Leaving Certificate Examination (including Day School Certificate (Higher) General paper), 1939
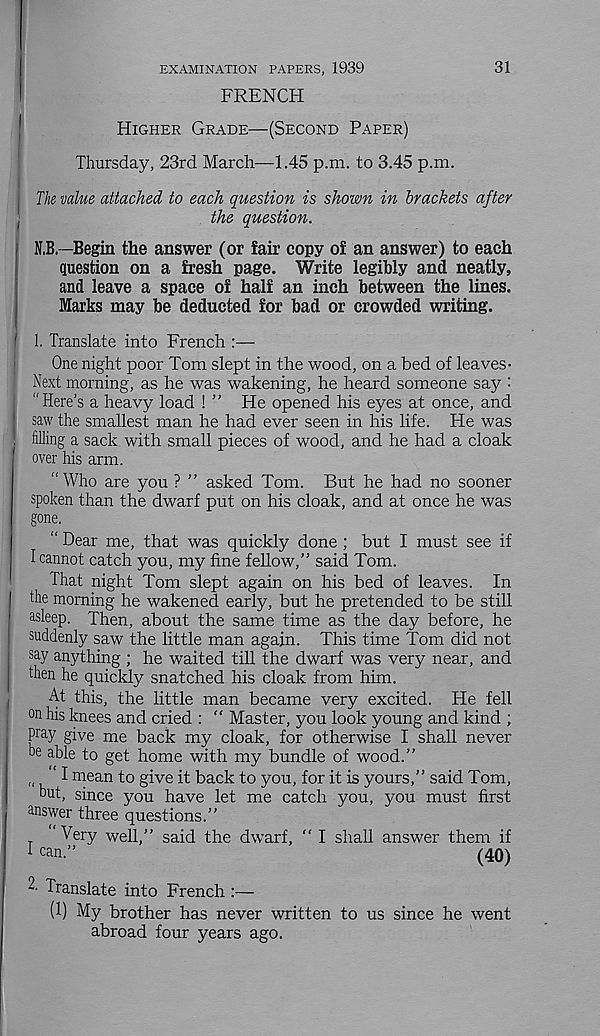
31
EXAMINATION PAPERS, 1939
FRENCH
Higher Grade—(Second Paper)
Thursday, 23rd March—1.45 p.m. to 3.45 p.m.
The value attached to each question is shown in brackets after
the question.
N.B.—Begin the answer (or fair copy of an answer) to each
question on a fresh page. Write legibly and neatly,
and leave a space of half an inch between the lines.
Marks may be deducted for bad or crowded writing.
1. Translate into French :—
One night poor Tom slept in the wood, on a bed of leaves-
Next morning, as he was wakening, he heard someone say :
“Here’s a heavy load ! ” He opened his eyes at once, and
saw the smallest man he had ever seen in his life. He was
filling a sack with small pieces of wood, and he had a cloak
over his arm.
“Who are you ? ” asked Tom. But he had no sooner
spoken than the dwarf put on his cloak, and at once he was
gone.
“ Dear me, that was quickly done ; but I must see if
I cannot catch you, my fine fellow,” said Tom.
That night Tom slept again on his bed of leaves. In
the morning he wakened early, but he pretended to be still
asleep. Then, about the same time as the day before, he
suddenly saw the little man again. This time Tom did not
say anything ; he waited till the dwarf was very near, and
then he quickly snatched his cloak from him.
At this, the little man became very excited. He fell
on his knees and cried : “ Master, you look young and kind ;
pray give me back my cloak, for otherwise I shall never
be able to get home with my bundle of wood.”
I mean to give it back to you, for it is yours,” said Tom,
but, since you have let me catch you, you must first
answer three questions.”
‘Very well,” said the dwarf, " I shall answer them if
1 can.”
(40)
2' Translate into French :—
(1) My brother has never written to us since he went
abroad four years ago.